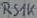
Text: RS1K